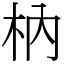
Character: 枘